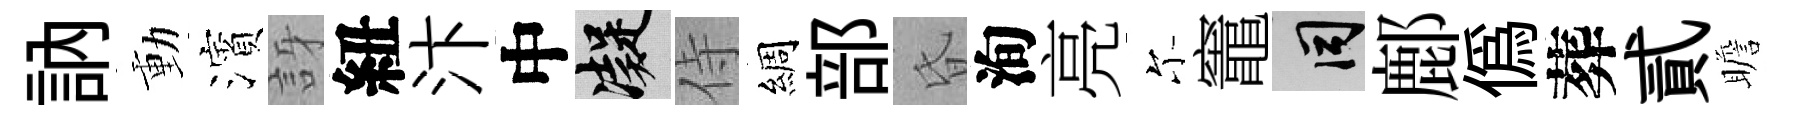
訥動濱訝紐汴中凝侍綢部昏洵亮尓竈间鄜偽葬貳瞻